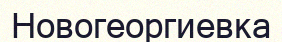
Новогеоргиевка